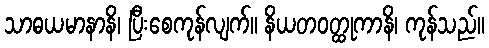
သာဓယမာနာနိ၊ ပြီးစေကုန်လျက်။ နိယတဝတ္ထုကာနိ၊ ကုန်သည်။